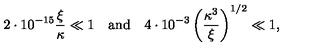
2 \cdot 1 0 ^ { - 1 5 } \frac { \xi } { \kappa } \ll 1 \quad \mathrm { a n d } \quad 4 \cdot 1 0 ^ { - 3 } \left( \frac { \kappa ^ { 3 } } { \xi } \right) ^ { 1 / 2 } \ll 1 ,